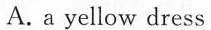
A.a yellow dress